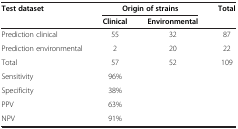
<table><thead><tr><td><b>Test dataset</b></td><td colspan="2"><b>Origin of strains</b></td><td><b>Total</b></td></tr><tr><td><b> </b></td><td><b>Clinical</b></td><td><b>Environmental</b></td><td><b> </b></td></tr></thead><tbody><tr><td>Prediction clinical</td><td>55</td><td>32</td><td>87</td></tr><tr><td>Prediction environmental</td><td>2</td><td>20</td><td>22</td></tr><tr><td>Total</td><td>57</td><td>52</td><td>109</td></tr><tr><td>Sensitivity</td><td>96%</td><td> </td><td> </td></tr><tr><td>Specificity</td><td>38%</td><td> </td><td> </td></tr><tr><td>PPV</td><td>63%</td><td> </td><td> </td></tr><tr><td>NPV</td><td>91%</td><td> </td><td> </td></tr></tbody></table>